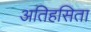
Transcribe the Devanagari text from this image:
अतिहसिता